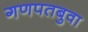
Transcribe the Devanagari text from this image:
गणपतबुवा